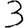
Digit: 3